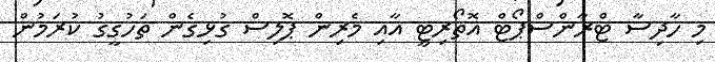
މި ހާދިސާ ޓްރާންސްޕޯޓް އޮތޯރިޓީ އާއި މެރިން ޕޮލިސް ގުޅިގެން ތަހުގީގު ކުރަމުން